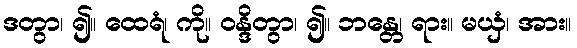
ဒတွာ၊ ၍။ ထေရံ၊ ကို။ ဝန္ဒိတွာ၊ ၍။ ဘန္တေ၊ ရား။ မယှံ၊ အား။